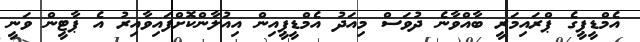
އެމްޑީޕީގެ ޕްރައިމަރީ ބާއްވާނެ ދުވަސް މިއަދު އެމްޑީޕީއިން އިއުލާންކޮށްފައިވާއިރު އެ ޕާޓީން ވަނީ